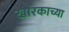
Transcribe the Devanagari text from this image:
खारकाच्या